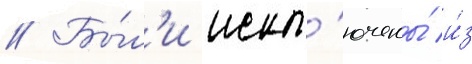
// Бы́л'и искл'ючены́ и́з